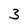
Character: 3